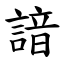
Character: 諳